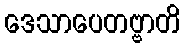
ဒေသာပေတဗ္ဗာတိ